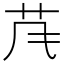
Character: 𱽐